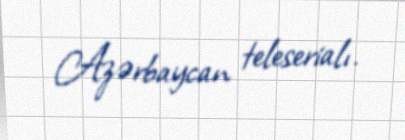
Azərbaycan teleserialı.